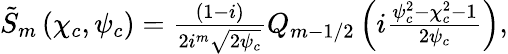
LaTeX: \begin{array}{r}{\tilde{S}_{m}\left(\chi_{c},\psi_{c}\right)=\frac{(1-i)}{2i^{m}\sqrt{2\psi_{c}}}Q_{m-1/2}\left(i\frac{\psi_{c}^{2}-\chi_{c}^{2}-1}{2\psi_{c}}\right),}\end{array}